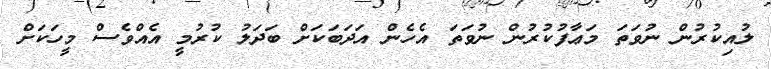
ލުއިކުރުން ނުވަތަ މަޢާފުކުރުން ނުވަތަ އެހެން އަދަބަކަށް ބަދަލު ކުރުމީ އެއްވެސް މީހަކަށް